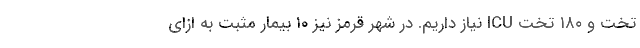
تخت و ۱۸۰ تخت ICU نیاز داریم. در شهر قرمز نیز ۱۰ بیمار مثبت به ازای